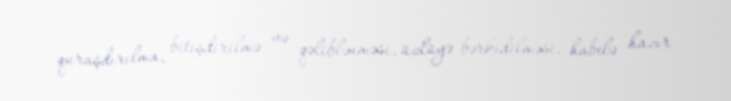
quraşdırılma, bitişdirilmə və qəliblənməsi, üzlüyə bərkidilməsi, habelə hazır